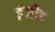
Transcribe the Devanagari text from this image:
इंजीड